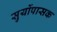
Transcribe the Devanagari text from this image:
सुर्योपासक